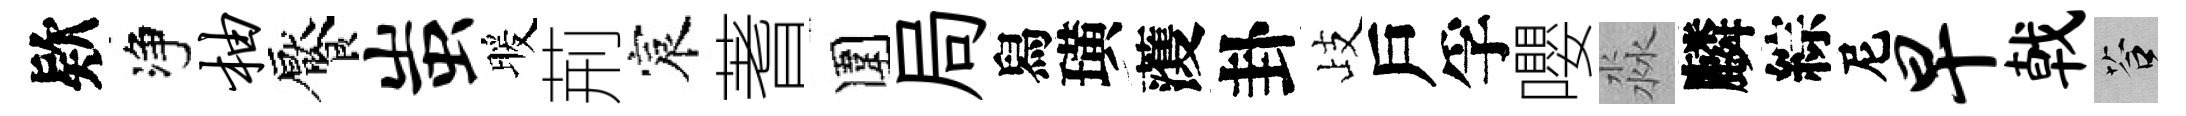
欵净柚饜蚩暖荊宸蓍圍局舄璜𮑮卦歧戶孚嚶淼麟綜尼早戟答